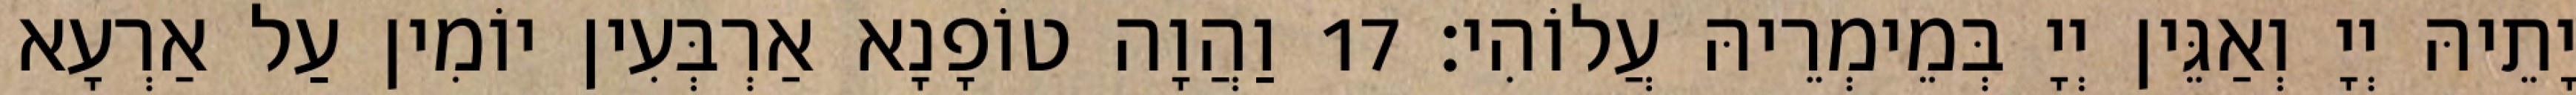
יָתֵיהּ יְיָ וְאַגֵּין יְיָ בְּמֵימְרֵיהּ עֲלוֹהִי׃ 17 וַהֲוָה טוֹפָנָא אַרְבְּעִין יוֹמִין עַל אַרְעָא